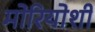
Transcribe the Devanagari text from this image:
मोरियोशी